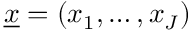
\underline { { x } } = ( x _ { 1 } , \dots , x _ { J } )